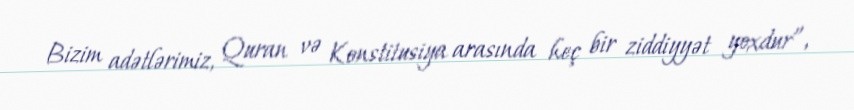
Bizim adətlərimiz, Quran və Konstitusiya arasında heç bir ziddiyyət yoxdur”,